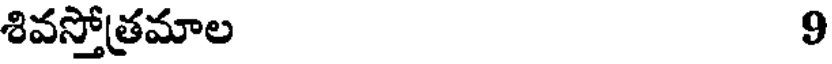
శివస్తోత్రమాల 9